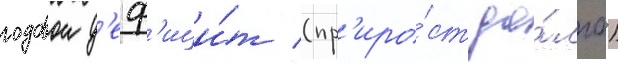
годовои д'еф'ици́т (пр'иро́ст до́лга)